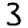
Digit: 3